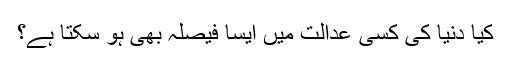
کیا دنیا کی کسی عدالت میں ایسا فیصلہ بھی ہو سکتا ہے؟